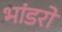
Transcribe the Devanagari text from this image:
भांडरों